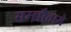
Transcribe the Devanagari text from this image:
सम्झौतामे